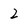
Character: 2